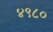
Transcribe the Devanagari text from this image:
४९८०